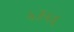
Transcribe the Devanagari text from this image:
५३५६